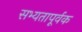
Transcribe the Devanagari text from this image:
सभ्यतापूर्वक